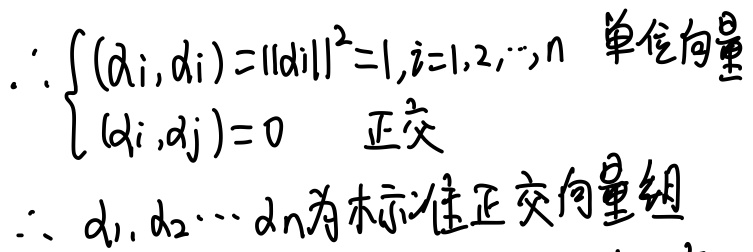
\(\therefore
\begin{cases}
(d_i, d_i)=\|d_i\|^2 = 1, i = 1,2,\cdots,n & \text{单位向量}\\
(d_i, d_j)=0 & \text{正交}
\end{cases}\)
\(\therefore d_1, d_2,\cdots, d_n\text{为标准正交向量组}\)